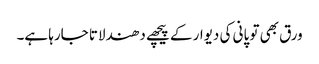
ورق بھی تو پانی کی دیوار کے پیچھے دھندلاتا جارہا ہے۔